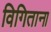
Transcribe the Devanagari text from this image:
विगिताना